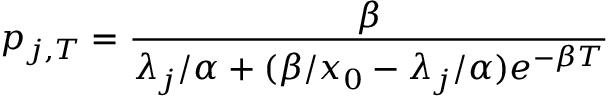
p _ { j , T } = \frac { \beta } { \lambda _ { j } / \alpha + ( \beta / x _ { 0 } - \lambda _ { j } / \alpha ) e ^ { - \beta T } }